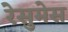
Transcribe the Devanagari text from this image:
रेसुमेस